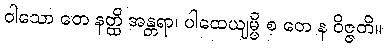
ဝါသော တေ နတ္ထိ အန္တရာ၊ ပါထေယျမ္ပိ စ တေ န ဝိဇ္ဇတိ။